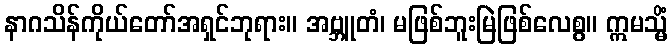
နာဂသိန်ကိုယ်တော်အရှင်ဘုရား။ အဗ္ဘူတံ၊ မဖြစ်ဘူးမြဲဖြစ်လေစွ။ ဣမသ္မိံ